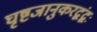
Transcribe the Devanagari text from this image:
घृष्टजानुकरद्वंद्वः